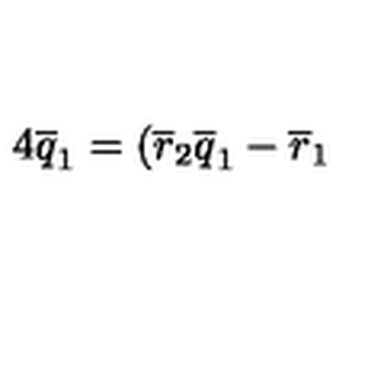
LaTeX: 4 \overline { { q } } _ { 1 } = ( \overline { { r } } _ { 2 } \overline { { q } } _ { 1 } - \overline { { r } } _ { 1 }